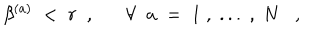
\beta ^ { ( a ) } \; < \; r \; \; , \forall \; \; a \; = \; 1 \; , \; . . . \; , \; N ,